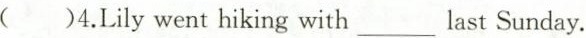
( )4.Lily went hiking with ___ last Sunday.